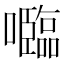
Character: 𡄦